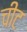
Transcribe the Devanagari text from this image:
चीट